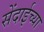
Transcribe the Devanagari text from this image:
सेंदाईच्या